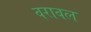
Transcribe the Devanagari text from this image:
वरावल